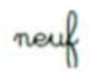
neuf